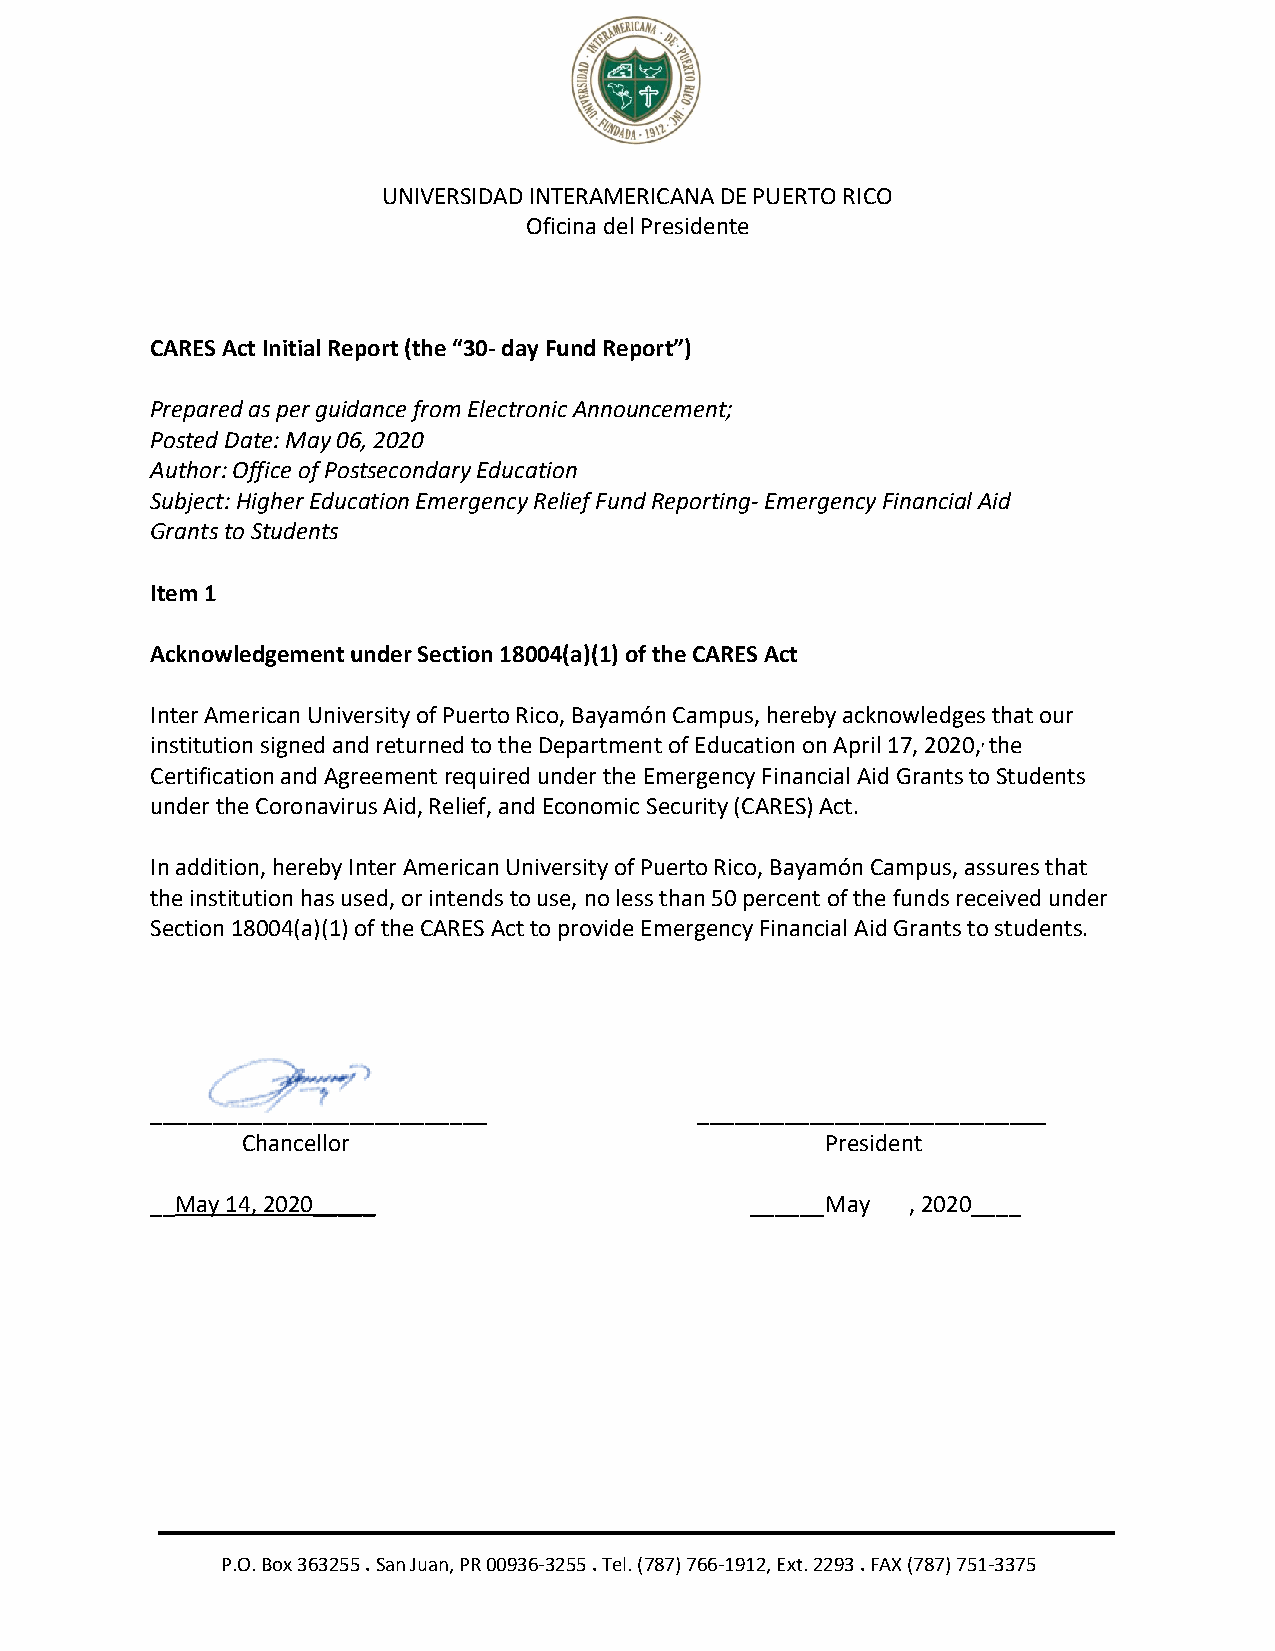
UNIVERSIDAD INTERAMERICANA DE PUERTO RICO
 Oficina del Presidente
 CARES Act Initial Report (the “30- day Fund Report”)
 Prepared as per guidance from Electronic Announcement;
 Posted Date: May 06, 2020
 Author: Office of Postsecondary Education
 Subject: Higher Education Emergency Relief Fund Reporting- Emergency Financial Aid
 Grants to Students
 Item 1
 Acknowledgement under Section 18004(a)(1) of the CARES Act
 Inter American University of Puerto Rico, Bayamón Campus, hereby acknowledges that our
 institution signed and returned to the Department of Education on April 17, 2020,, the
 Certification and Agreement required under the Emergency Financial Aid Grants to Students
 under the Coronavirus Aid, Relief, and Economic Security (CARES) Act.
 In addition, hereby Inter American University of Puerto Rico, Bayamón Campus, assures that
 the institution has used, or intends to use, no less than 50 percent of the funds received under
 Section 18004(a)(1) of the CARES Act to provide Emergency Financial Aid Grants to students.
 ________________________ ___        ____________________________
 Chancellor                             President
 __May 14, 2020_____                     ______May , 2020____
 P.O. Box 363255 . San Juan, PR 00936-3255 . Tel. (787) 766-1912, Ext. 2293 . FAX (787) 751-3375